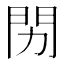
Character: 𬮅